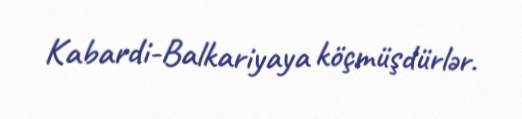
Kabardi-Balkariyaya köçmüşdürlər.